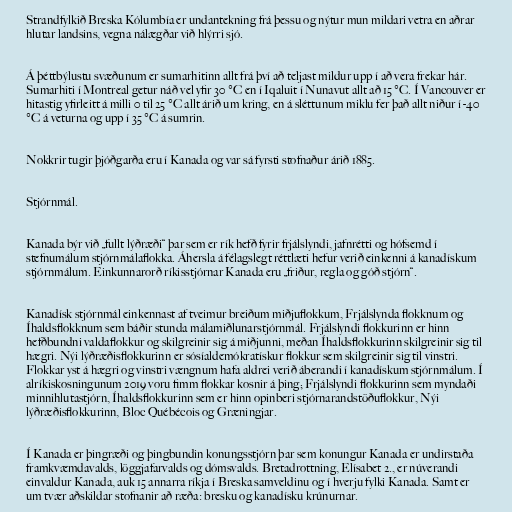
Strandfylkið Breska Kólumbía er undantekning frá þessu og nýtur mun mildari vetra en aðrar
hlutar landsins, vegna nálægðar við hlýrri sjó.

Á þéttbýlustu svæðunum er sumarhitinn allt frá því að teljast mildur upp í að vera frekar hár.
Sumarhiti í Montreal getur náð vel yfir 30 °C en í Iqaluit í Nunavut allt að 15 °C. Í Vancouver er
hitastig yfirleitt á milli 0 til 25 °C allt árið um kring, en á sléttunum miklu fer það allt niður í -40
°C á veturna og upp í 35 °C á sumrin.

Nokkrir tugir þjóðgarða eru í Kanada og var sá fyrsti stofnaður árið 1885.

Stjórnmál.

Kanada býr við „fullt lýðræði“ þar sem er rík hefð fyrir frjálslyndi, jafnrétti og hófsemd í
stefnumálum stjórnmálaflokka. Áhersla á félagslegt réttlæti hefur verið einkenni á kanadískum
stjórnmálum. Einkunnarorð ríkisstjórnar Kanada eru „friður, regla og góð stjórn“.

Kanadísk stjórnmál einkennast af tveimur breiðum miðjuflokkum, Frjálslynda flokknum og
Íhaldsflokknum sem báðir stunda málamiðlunarstjórnmál. Frjálslyndi flokkurinn er hinn
hefðbundni valdaflokkur og skilgreinir sig á miðjunni, meðan Íhaldsflokkurinn skilgreinir sig til
hægri. Nýi lýðræðisflokkurinn er sósíaldemókratískur flokkur sem skilgreinir sig til vinstri.
Flokkar yst á hægri og vinstri vængnum hafa aldrei verið áberandi í kanadískum stjórnmálum. Í
alríkiskosningunum 2019 voru fimm flokkar kosnir á þing; Frjálslyndi flokkurinn sem myndaði
minnihlutastjórn, Íhaldsflokkurinn sem er hinn opinberi stjórnarandstöðuflokkur, Nýi
lýðræðisflokkurinn, Bloc Québécois og Græningjar.

Í Kanada er þingræði og þingbundin konungsstjórn þar sem konungur Kanada er undirstaða
framkvæmdavalds, löggjafarvalds og dómsvalds. Bretadrottning, Elísabet 2., er núverandi
einvaldur Kanada, auk 15 annarra ríkja í Breska samveldinu og í hverju fylki Kanada. Samt er
um tvær aðskildar stofnanir að ræða: bresku og kanadísku krúnurnar.